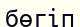
бөгіп